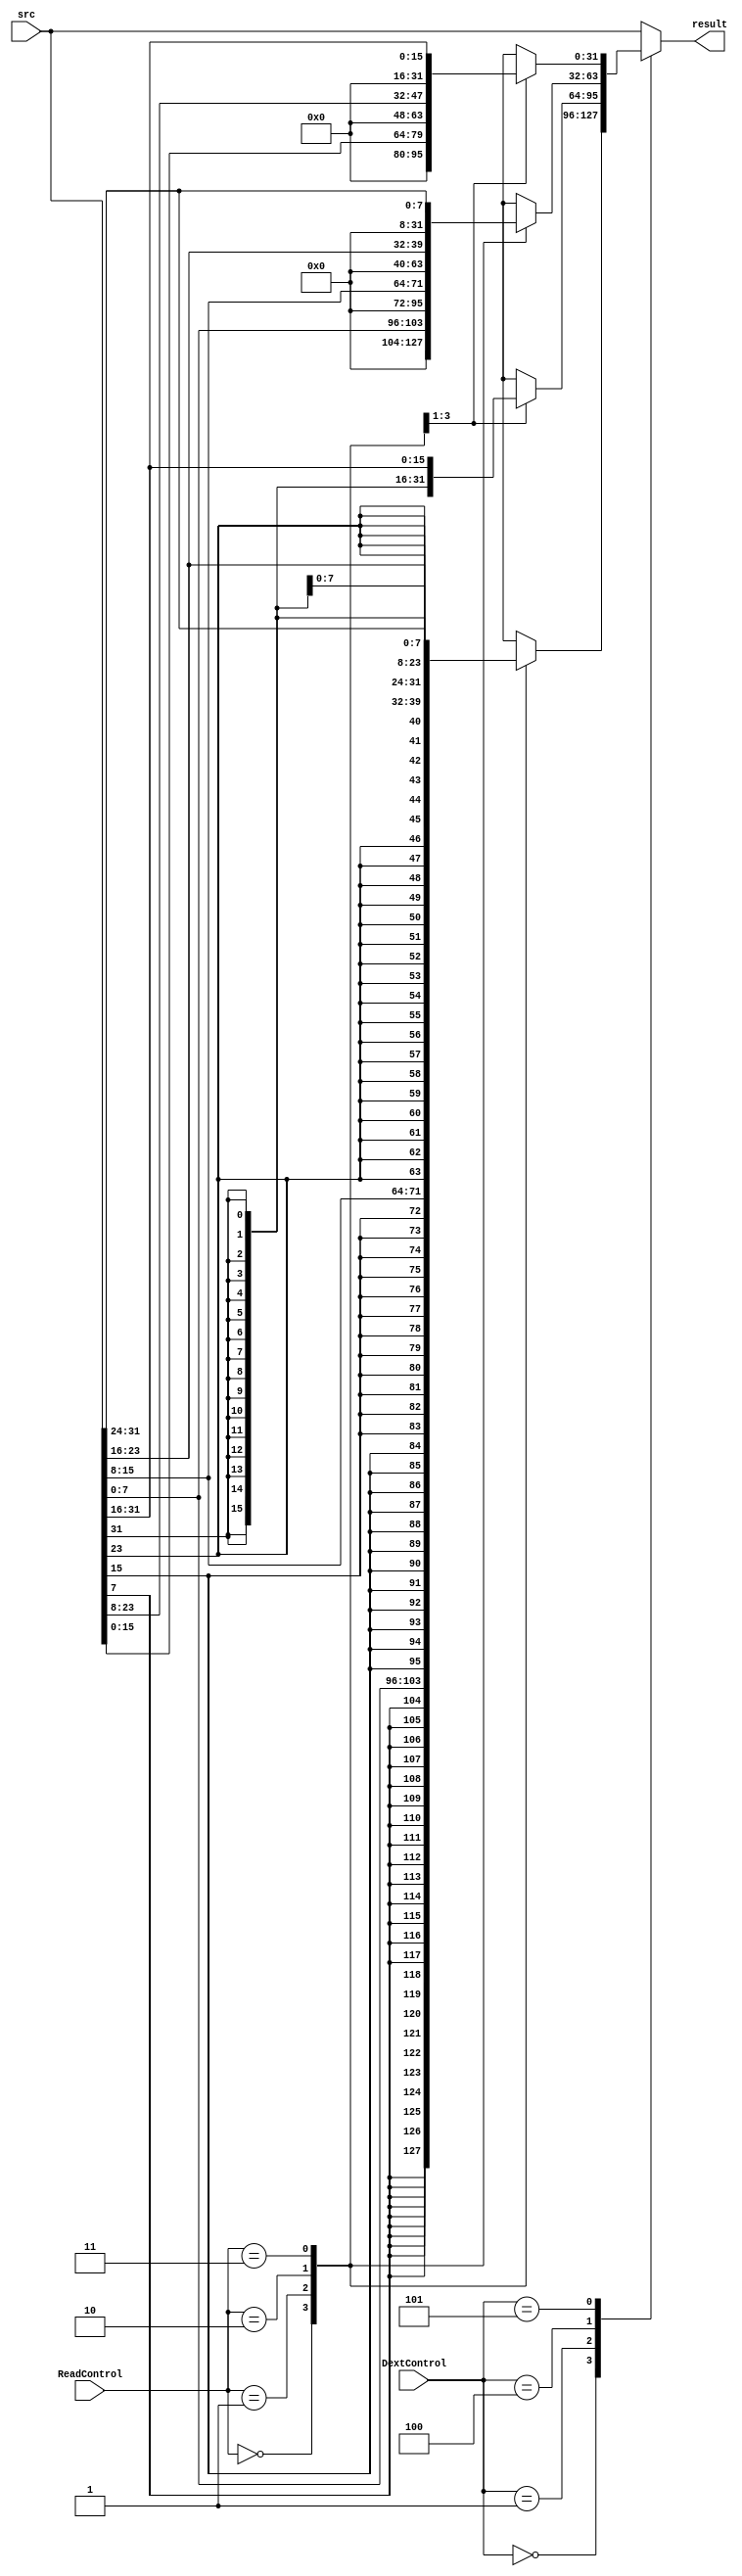
module truncate(
    ReadControl,
    src,
    result,
    DextControl
    );
    input wire [1:0] ReadControl;
    input wire [31:0] src;
    output reg [31:0] result;
    input wire [2:0] DextControl;
    
    always @(*) begin
        case (DextControl)
             3'b000: 
             begin
                case (ReadControl)
                2'b00: result = {{24 {src[7]}}, src[7:0]};
                2'b01: result = {{24 {src[15]}}, src[15:8]};
                2'b10: result = {{24 {src[23]}}, src[23:16]};
                2'b11: result = {{24 {src[31]}}, src[31:24]};
                default: result = {32{1'bx}};
                endcase
             end
             
             3'b001: 
             begin
               case (ReadControl)
                2'b00: result = {{16 {src[15]}}, src[15:0]};
                2'b01: result = {{16 {src[23]}}, src[23:8]};
                2'b10: result = {{16 {src[31]}}, src[31:16]};
                default: result = {32{1'bx}};
                endcase
             end

             3'b010: result = src;
             
             3'b100:
             begin
                case (ReadControl)
                2'b00: result = {{24 {1'b0}}, src[7:0]};
                2'b01: result = {{24 {1'b0}}, src[15:8]};
                2'b10: result = {{24 {1'b0}}, src[23:16]};
                2'b11: result = {{24 {1'b0}}, src[31:24]};
                default: result = {32{1'bx}};
                endcase
             end
             
             3'b101:
             begin
               case (ReadControl)
                2'b00: result = {{16 {1'b0}}, src[15:0]};
                2'b01: result = {{16 {1'b0}}, src[23:8]};
                2'b10: result = {{16 {1'b0}}, src[31:16]};
                default: result = {32{1'bx}};
                endcase
             end
             
           default: result = src;
         endcase
    end
        
    endmodule